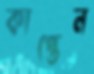
কাপ্তেন